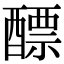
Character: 醥